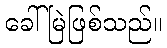
ခေါ်မြဲဖြစ်သည်။